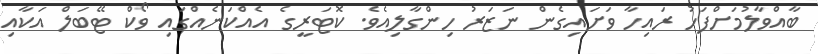
ބާއްވާލުމަށްފަހު ރައިހާ ވަށައިގެން ނަޒަރު ހިންގާލިއެވެ. ކޮޓަރީގެ އެއްކަނެއްގައި ވޯކް ޓޭބަލް އަކާއި